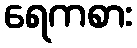
ရေကစား